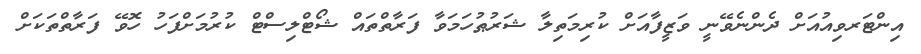
އިންޓަރވިއުއަށް ދެންނެވޭނީ ވަޒީފާއަށް ކުރިމަތިލާ ޝަރުޠުހަމަވާ ފަރާތްތައް ޝޯޓްލިސްޓް ކުރުމަށްފަހު ހޮވޭ ފަރާތްތަކަށް